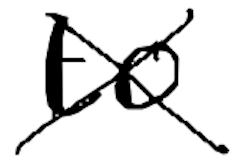
Text: to
Cross-out: mix
Writing tool: digital_black